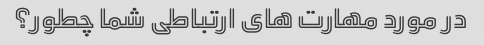
در مورد مهارت های ارتباطی شما چطور؟